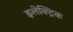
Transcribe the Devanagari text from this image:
इलेक्ट्रिक